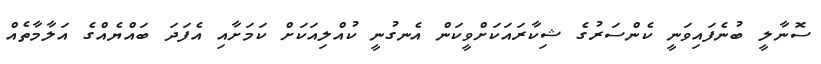
ސޮނާލީ ބުނެފައިވަނީ ކެންސަރުގެ ޝިކާރައަކަށްވީކަން އެނގުނީ ކުއްލިއަކަށް ކަމަށާއި އެފަދަ ބައްޔެއްގެ އަލާމާތެއް